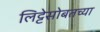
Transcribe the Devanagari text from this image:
लिट्टेसोबतच्या